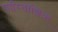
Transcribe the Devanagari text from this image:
पारितोशिक्